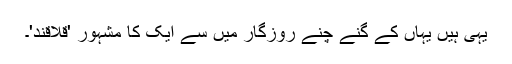
یہی ہیں یہاں کے گنے چنے روزگار میں سے ایک کا مشہور 'قلاقند'۔